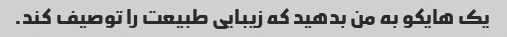
یک هایکو به من بدهید که زیبایی طبیعت را توصیف کند.